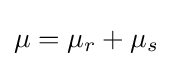
\mu =\mu _{r}+\mu _{s}